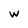
Character: w